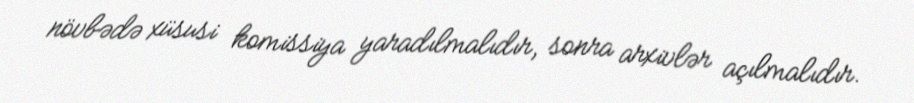
növbədə xüsusi komissiya yaradılmalıdır, sonra arxivlər açılmalıdır.